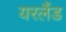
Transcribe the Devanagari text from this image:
यरलैंड